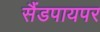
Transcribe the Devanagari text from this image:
सैंडपायपर